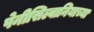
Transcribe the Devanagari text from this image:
पेनीसिल्वानियाच्या